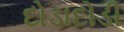
દોડાદોડી